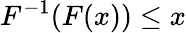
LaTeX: F^{-1}(F(x))\leq x